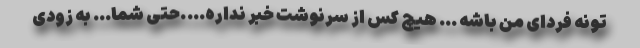
تونه فردای من باشه … هیچ کس از سرنوشت خبر نداره….حتی شما… به زودی